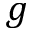
g